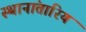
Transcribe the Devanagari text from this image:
स्थानांतारिय